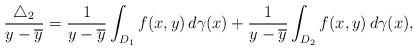
LaTeX: \begin{align*}\frac{\triangle_{2}}{y-\overline{y}}=\frac{1}{y-\overline{y}}\displaystyle\int_{D_{1}}f(x,y)\,d\gamma(x)+\frac{1}{y-\overline{y}}\int_{D_{2}}f(x,y)\,d\gamma(x),\end{align*}